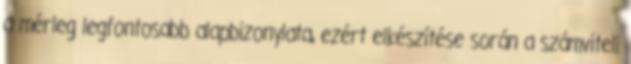
a mérleg legfontosabb alapbizonylata, ezért elkészítése során a számviteli